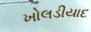
ખોલડીયાદ